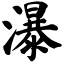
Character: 瀑